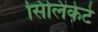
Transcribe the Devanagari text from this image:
सिलिकेटे